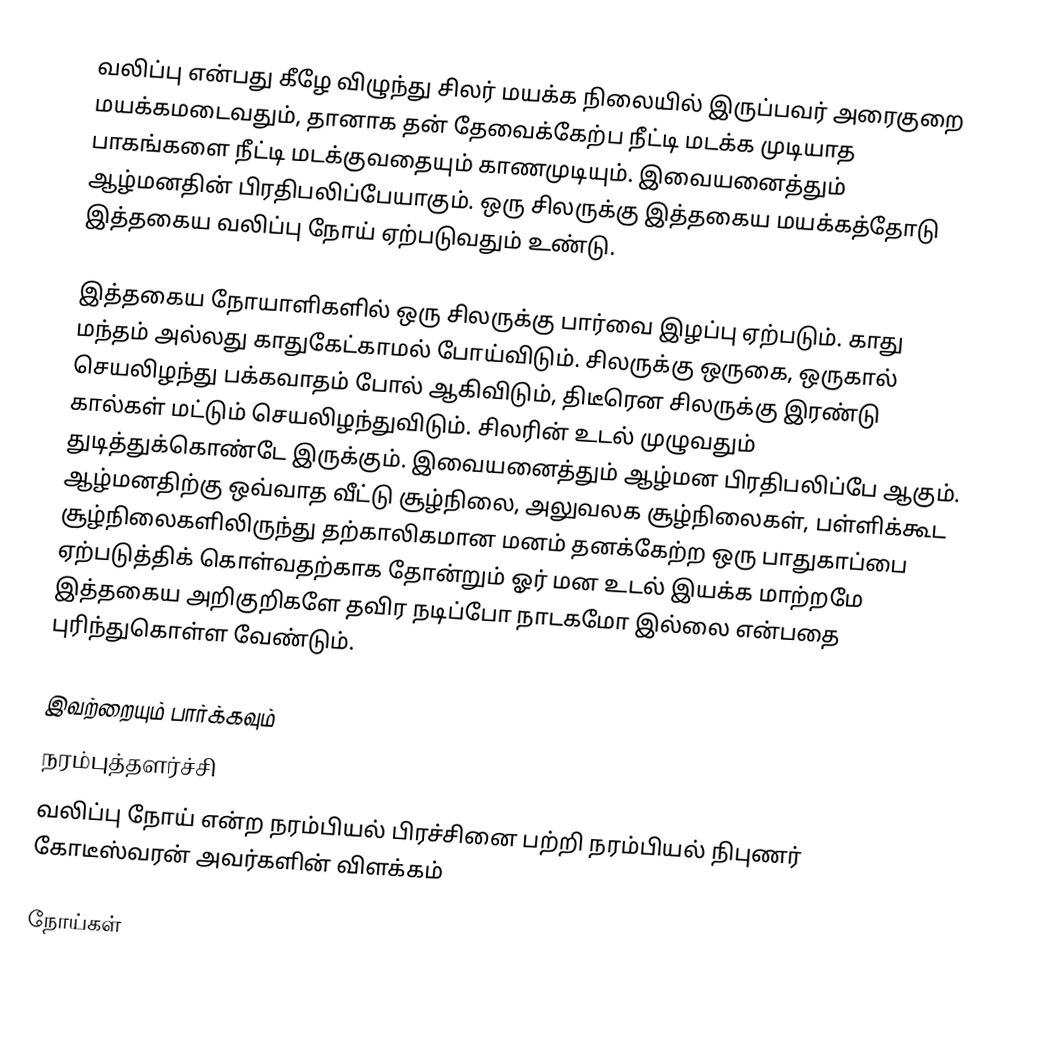
வலிப்பு என்பது கீழே விழுந்து சிலர் மயக்க நிலையில் இருப்பவர் அரைகுறை மயக்கமடைவதும், தானாக தன் தேவைக்கேற்ப நீட்டி மடக்க முடியாத பாகங்களை நீட்டி மடக்குவதையும் காணமுடியும். இவையனைத்தும் ஆழ்மனதின் பிரதிபலிப்பேயாகும். ஒரு சிலருக்கு இத்தகைய மயக்கத்தோடு இத்தகைய வலிப்பு நோய் ஏற்படுவதும் உண்டு.

இத்தகைய நோயாளிகளில் ஒரு சிலருக்கு பார்வை இழப்பு ஏற்படும். காது மந்தம் அல்லது காதுகேட்காமல் போய்விடும். சிலருக்கு ஒருகை, ஒருகால் செயலிழந்து பக்கவாதம் போல் ஆகிவிடும், திடீரென சிலருக்கு இரண்டு கால்கள் மட்டும் செயலிழந்துவிடும். சிலரின் உடல் முழுவதும் துடித்துக்கொண்டே இருக்கும். இவையனைத்தும் ஆழ்மன பிரதிபலிப்பே ஆகும். ஆழ்மனதிற்கு ஒவ்வாத வீட்டு சூழ்நிலை, அலுவலக சூழ்நிலைகள், பள்ளிக்கூட சூழ்நிலைகளிலிருந்து தற்காலிகமான மனம் தனக்கேற்ற ஒரு பாதுகாப்பை ஏற்படுத்திக் கொள்வதற்காக தோன்றும் ஓர் மன உடல் இயக்க மாற்றமே இத்தகைய அறிகுறிகளே தவிர நடிப்போ நாடகமோ இல்லை என்பதை புரிந்துகொள்ள வேண்டும்.

இவற்றையும் பார்க்கவும்
நரம்புத்தளர்ச்சி
வலிப்பு நோய் என்ற நரம்பியல் பிரச்சினை பற்றி  நரம்பியல் நிபுணர் கோடீஸ்வரன் அவர்களின் விளக்கம்

நோய்கள்